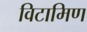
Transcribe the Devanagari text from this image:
विटामिण